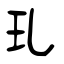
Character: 玌